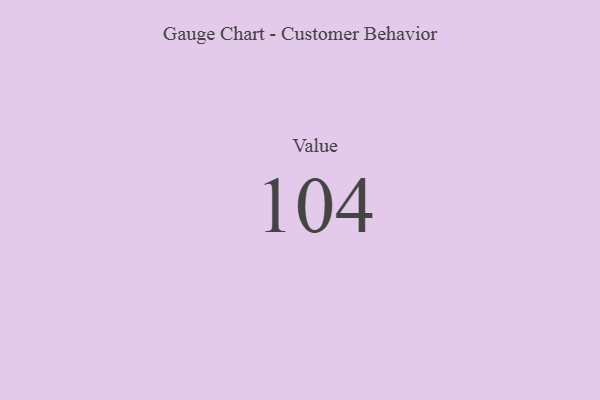
{"axis": {"x": "Metric", "y": "Value"}, "legend": [""], "data": [{"x": "Value", "y": 104, "type": ""}]}